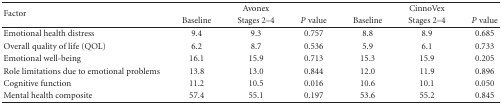
<table><thead><tr><td rowspan="2"><b>Factor</b></td><td></td><td><b>Avonex</b></td><td></td><td></td><td><b>CinnoVex</b></td><td></td></tr><tr><td><b>Baseline</b></td><td><b>Stages 2–4</b></td><td><b><i>P</i> value</b></td><td><b>Baseline</b></td><td><b>Stages 2–4</b></td><td><b><i>P</i> value</b></td></tr></thead><tbody><tr><td>Emotional health distress</td><td>9.4</td><td>9.3</td><td>0.757</td><td>8.8</td><td>8.9</td><td>0.685</td></tr><tr><td>Overall quality of life (QOL)</td><td>6.2</td><td>8.7</td><td>0.536</td><td>5.9</td><td>6.1</td><td>0.733</td></tr><tr><td>Emotional well-being</td><td>16.1</td><td>15.9</td><td>0.713</td><td>15.3</td><td>15.9</td><td>0.205</td></tr><tr><td>Role limitations due to emotional problems</td><td>13.8</td><td>13.0</td><td>0.844</td><td>12.0</td><td>11.9</td><td>0.896</td></tr><tr><td>Cognitive function</td><td>11.2</td><td>10.5</td><td>0.016</td><td>10.6</td><td>10.1</td><td>0.050</td></tr><tr><td>Mental health composite</td><td>57.4</td><td>55.1</td><td>0.197</td><td>53.6</td><td>55.2</td><td>0.845</td></tr></tbody></table>